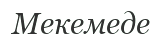
Мекемеде